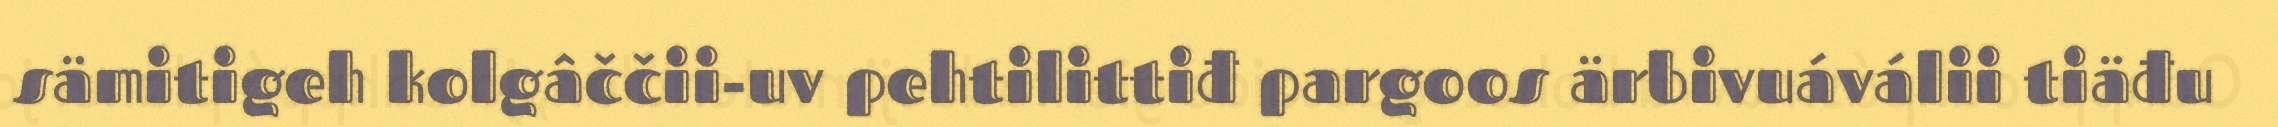
sämitigeh kolgâččii-uv pehtilittiđ pargoos ärbivuáválii tiäđu